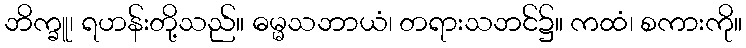
ဘိက္ခူ၊ ရဟန်းတို့သည်။ ဓမ္မသဘာယံ၊ တရားသဘင်၌။ ကထံ၊ စကားကို။